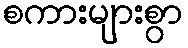
စကားများစွာ